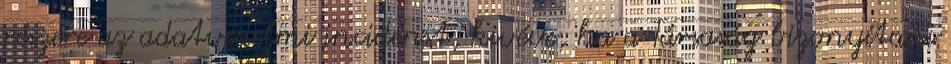
részére az adatvédelmi incidenst, kivéve, ha a Társaság bizonyítani